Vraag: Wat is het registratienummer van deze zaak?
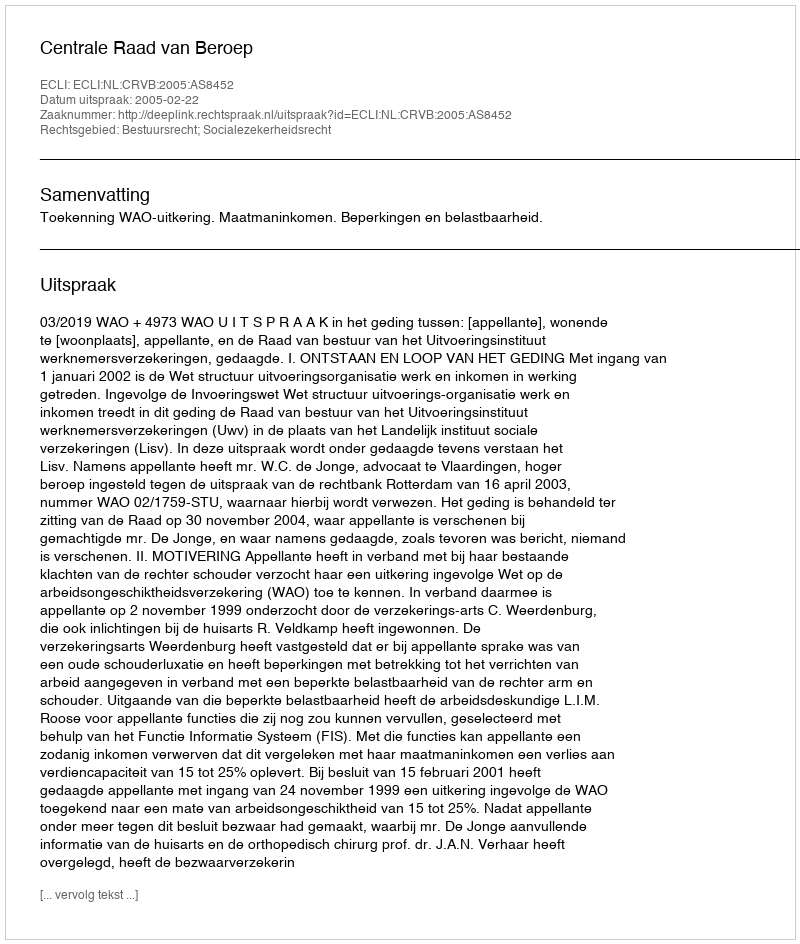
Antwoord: http://deeplink.rechtspraak.nl/uitspraak?id=ECLI:NL:CRVB:2005:AS8452